Trukikaitis_Postimees, lk 85
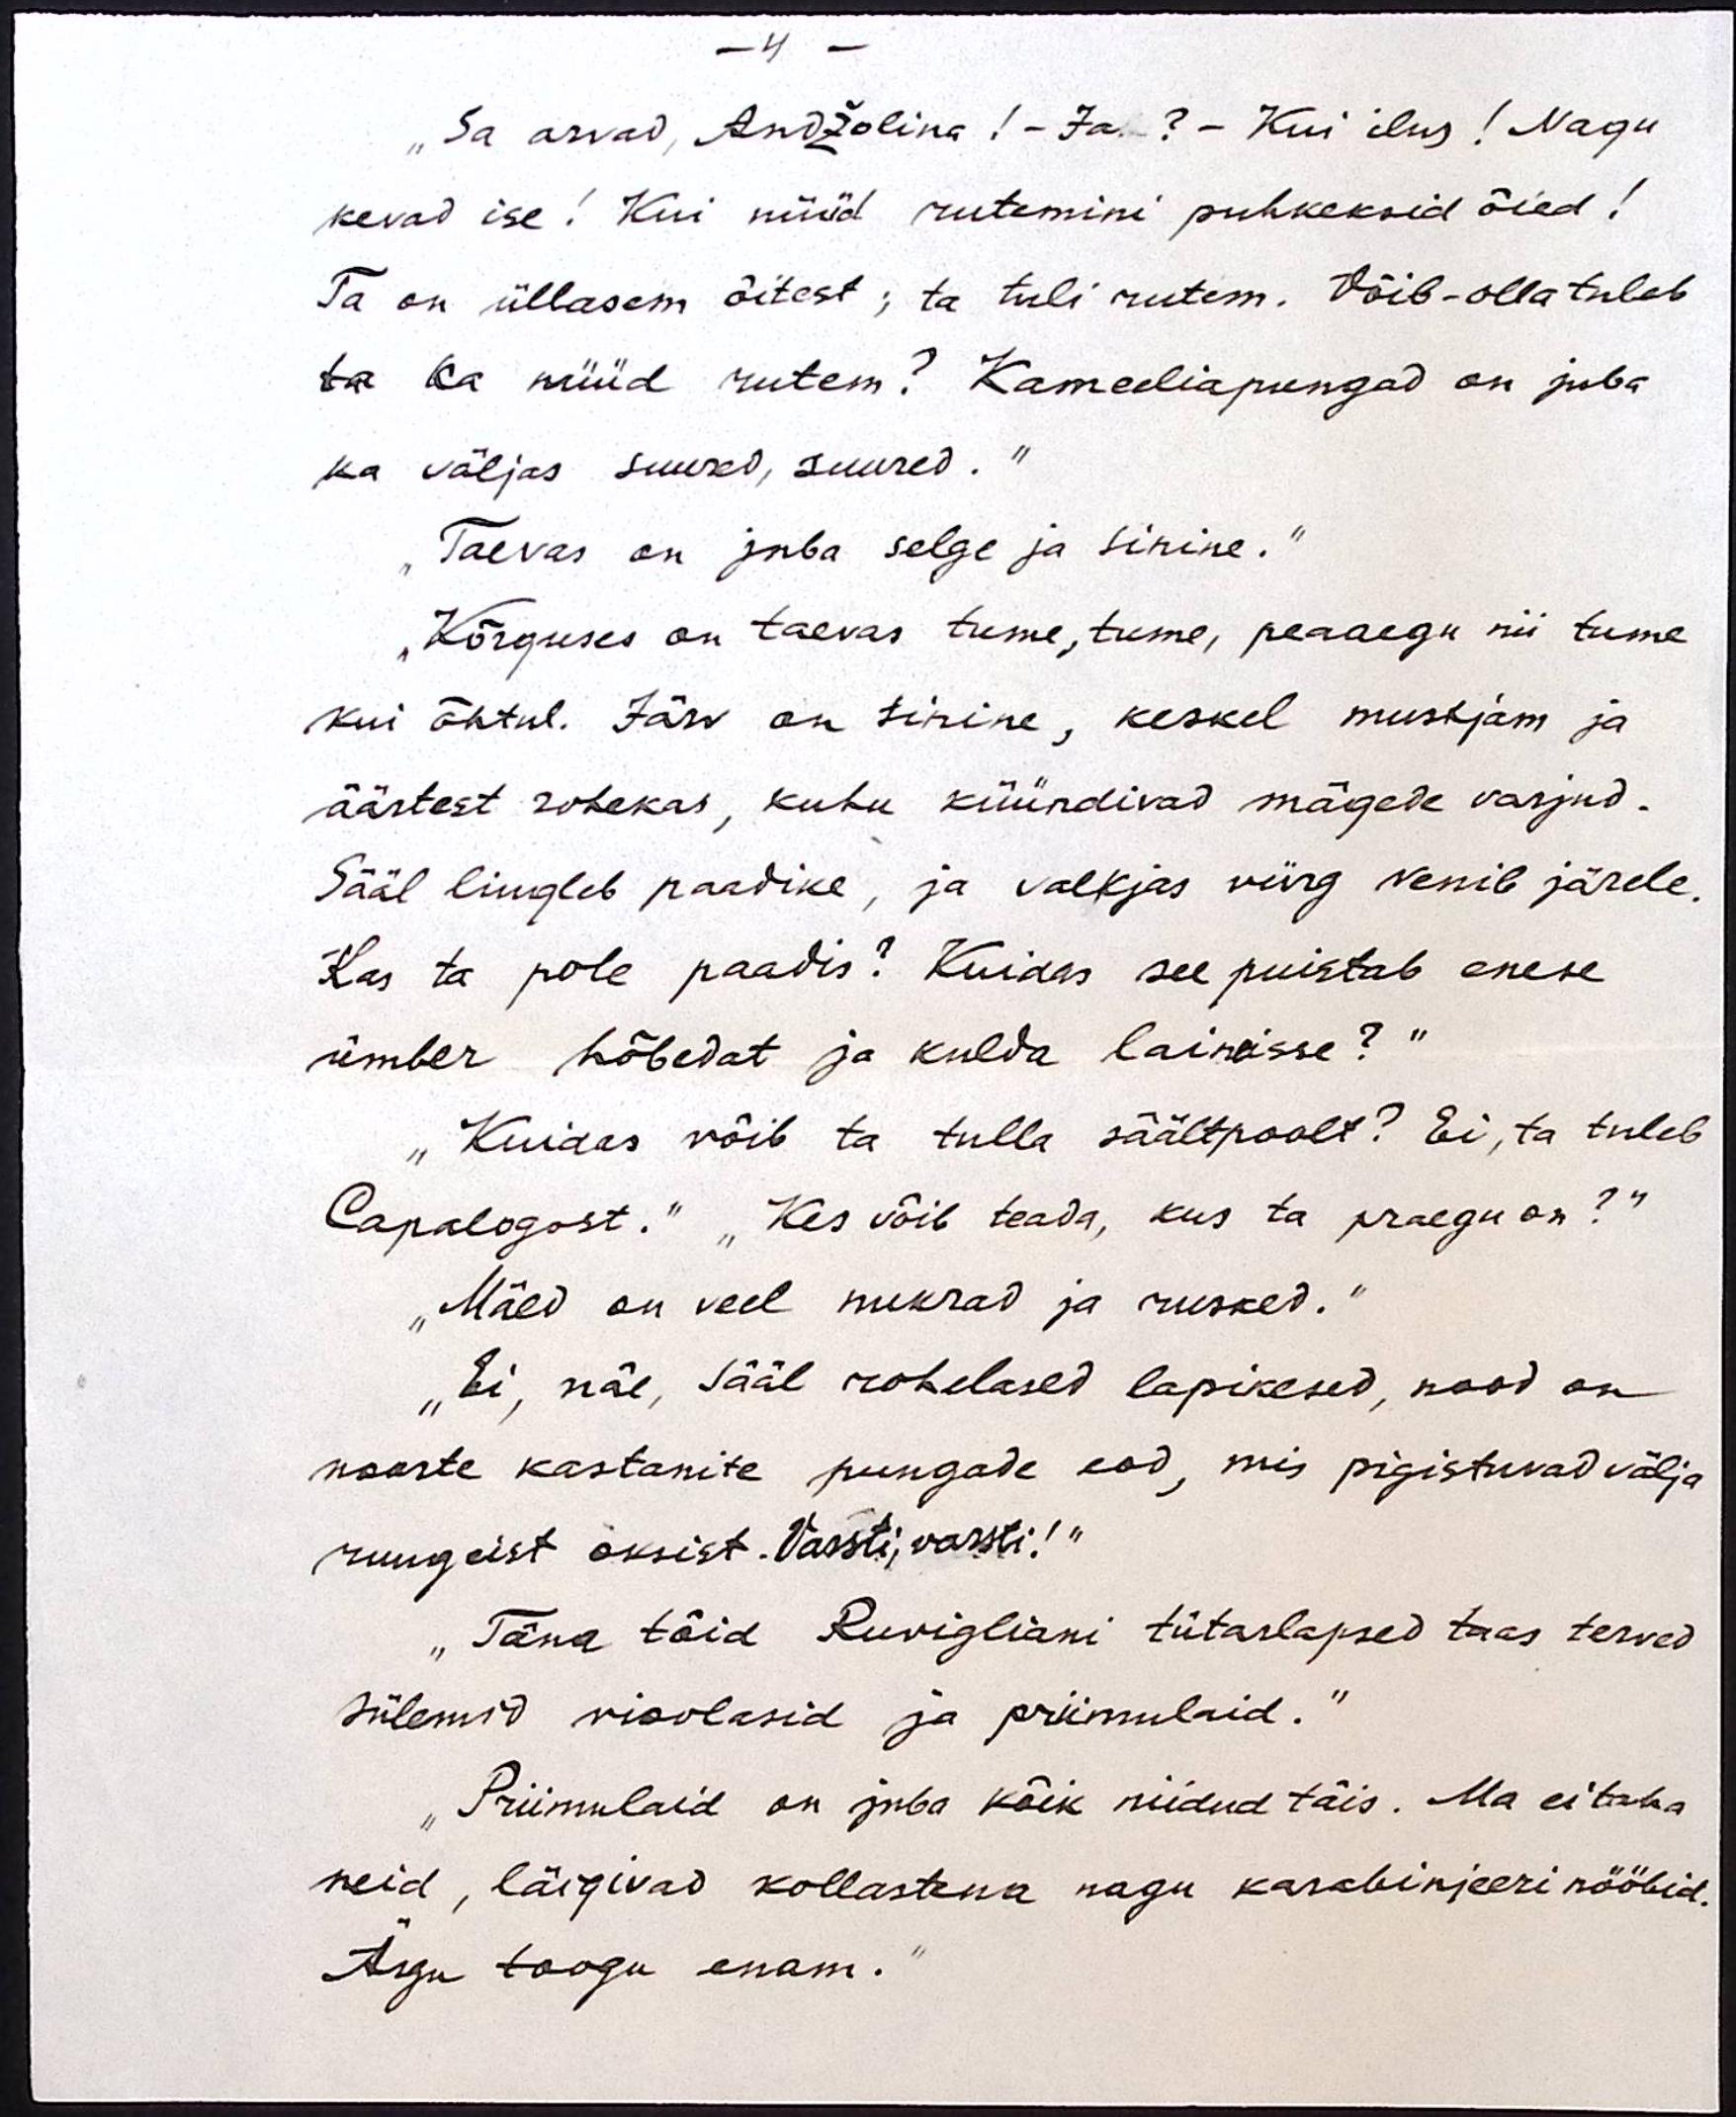
- 4 -
"Sa arvad, Andžolina! - Ja. - ? - Kui ilus! Nagu
kevad ise! Kui nüüd rutemini puhkeksid õied!
Ta on üllasem õitest; ta tuli rutem. Võib-olla tuleb
ta ka nüüd rutem? Kameeliapungad on juba
ka väljas suured, suured.“
„Taevas on juba selge ja sinine.“
"Kõrguses on taevas tume, tume, peaaegu nii tume
kui õhtul. Järv on sinine, keskel mustjam ja
äärtest rohekas, kuhu küündivad mägede varjud.
Sääl liugleb paadike, ja valkjas viirg venib järele.
Kas ta pole paadis? Kuidas see puistab enese
ümber hõbedat ja kulda laineisse?“
„Kuidas võib ta tulla säältpoolt? Ei, ta tuleb
Capalogost." "Kes võib teada, kus ta praegu on?"
"Mäed on veel nukrad ja rusked."
„Ei, näe, sääl rohelased lapikesed, nood on
noorte kastanite pungade eod, mis pigistuvad välja
ruugeist oksist. Varsti, varsti!“
„Täna tõid Ruvigliani tütarlapsed taas terved
sülemid vioolasid ja priimulaid."
"Priimulaid on juba kõik niidud täis. Ma ei taha
neid, läigivad kollastena nagu karabinjeeri nööbid.
Ärgu toogu enam."